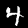
Digit: 4